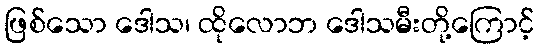
ဖြစ်သော ဒေါသ၊ ထိုလောဘ ဒေါသမီးတို့ကြောင့်